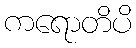
ကရောတိပိ